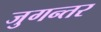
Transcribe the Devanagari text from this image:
जुगन्तर